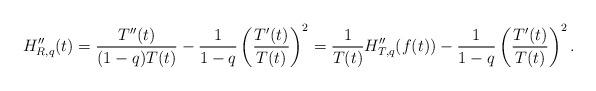
LaTeX: \begin{align*} H''_{R,q}(t) = \frac{T''(t)}{(1-q)T(t)} - \frac{1}{1-q} \left( \frac{T'(t)}{T(t)} \right)^2 = \frac{1}{T(t)} H''_{T,q}(f(t)) - \frac{1}{1-q} \left( \frac{T'(t)}{T(t)} \right)^2. \end{align*}